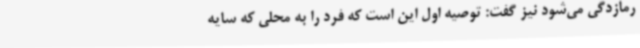
رمازدگی می‌شود نیز گفت: توصیه اول این است که فرد را به محلی که سایه